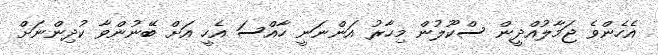
އެހެންވެ ޖަމާލުއްދީން ސްކޫލުން މިހާރު އަންނަނީ ހާއްސަ އެހީ އަށް ބޭނުންވާ ކުދިންނަށް